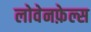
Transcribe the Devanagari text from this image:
लोवेनफ़ेल्स